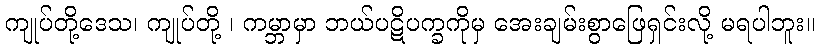
ကျုပ်တို့ဒေသ၊ ကျုပ်တို့ ၊ ကမ္ဘာမှာ ဘယ်ပဋိပက္ခကိုမှ အေးချမ်းစွာဖြေရှင်းလို့ မရပါဘူး။